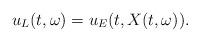
LaTeX: \begin{align*}u_L(t,\omega)=u_E(t,X(t,\omega)).\end{align*}